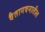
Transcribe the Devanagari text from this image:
वैतागवनातील